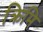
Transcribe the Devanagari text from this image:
क्रिमि